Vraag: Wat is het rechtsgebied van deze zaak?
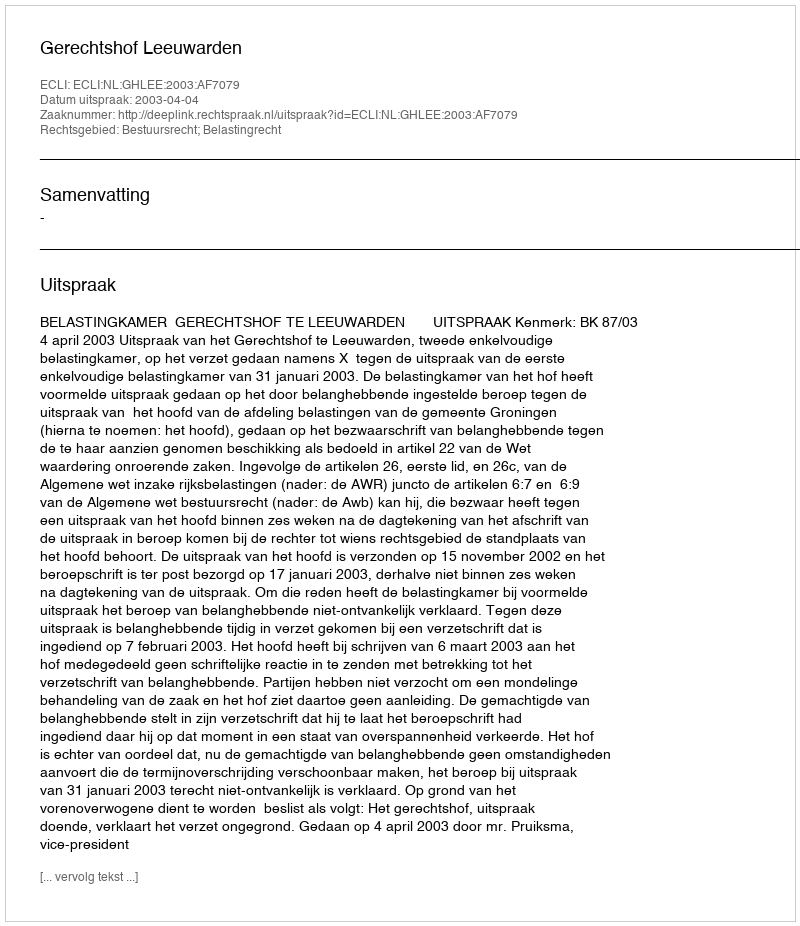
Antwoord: Bestuursrecht; Belastingrecht